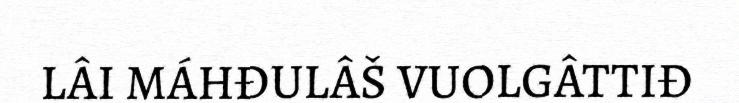
LÂI MÁHĐULÂŠ VUOLGÂTTIĐ